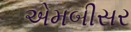
એમબીસર